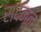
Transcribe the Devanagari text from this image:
सदन्न